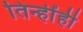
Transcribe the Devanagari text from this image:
तिन्हींही